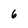
Character: 6